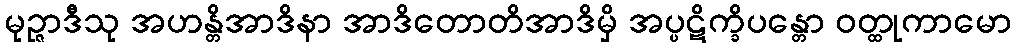
မုဉ္ဇာဒီသု အဟန္တိအာဒိနာ အာဒိတောတိအာဒိမှိ အပ္ပဋိက္ခိပန္တော ဝတ္ထုကာမော